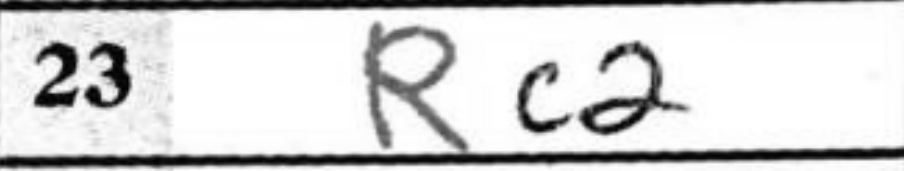
Transcription: Rc2